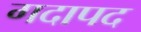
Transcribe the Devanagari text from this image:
गदापद